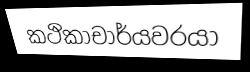
කථිකාචාර්යවරයා